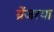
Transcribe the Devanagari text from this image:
ग्रेंजरया